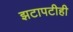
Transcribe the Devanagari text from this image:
झटापटीही